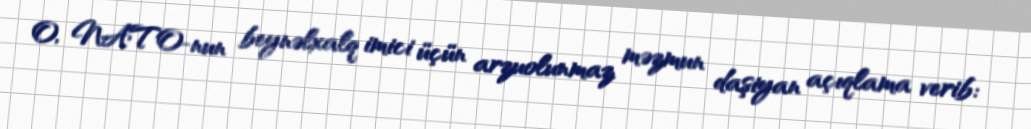
O, NATO-nun beynəlxalq imici üçün arzuolunmaz məzmun daşiyan açıqlama verib: